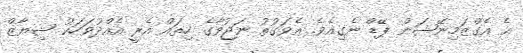
އެ އެގްޒަމިނޭޝަން ޕޭޑް ނެގިއެވެ. އެވަގުތު ނަޖުވާގެ ހިތައް އެރީ އެއްދުވަހަކު ޝިޔާޒް